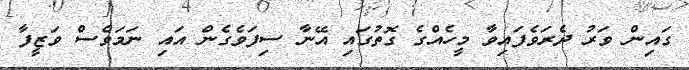
ގައިން ވަރު ދެރަވެފައިވާ މީހެއްގެ ގޮތުގައި އޭނާ ސިފަވެގެން އައި ނަމަވެސް ވަޒީފާ